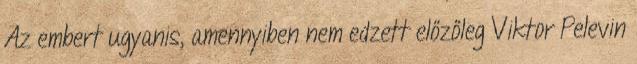
Az embert ugyanis, amennyiben nem edzett előzőleg Viktor Pelevin